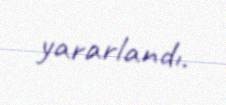
yararlandı.